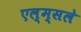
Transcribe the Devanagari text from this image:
एल्म्सले